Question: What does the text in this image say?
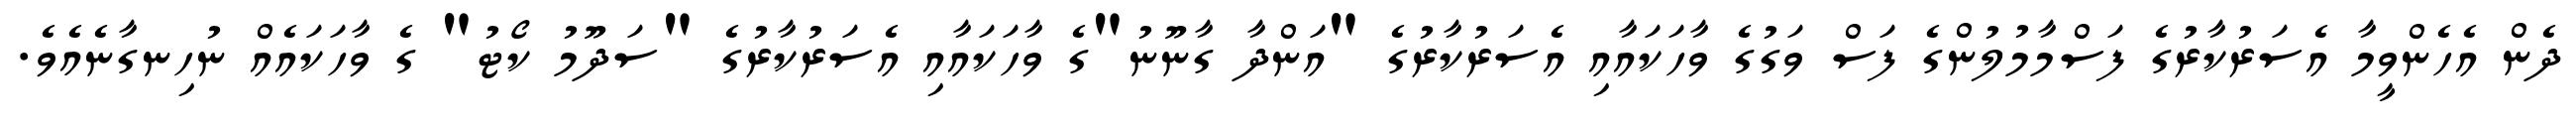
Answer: ދެން އެހެންވީމާ އެސަރުކާރުގެ ފަސްމާމުލުންގެ ފަސް ވަގުގެ ވާހަކައާއި އެސަރުކާރުގެ "އަންދާ ގާނޫނު"ގެ ވާހަކައާއި އެސަރުކާރުގެ "ސަދޫމު ކޯޓު" ގެ ވާހަކައެއް ނުހިނގާނެއެވެ.